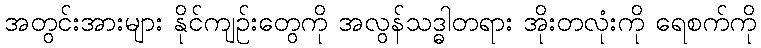
အတွင်းအားများ နိုင်ကျဉ်းတွေကို အလွန်သဒ္ဓါတရား အိုးတလုံးကို ရေစက်ကို